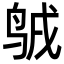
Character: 𪉇